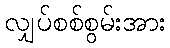
လျှပ်စစ်စွမ်းအား